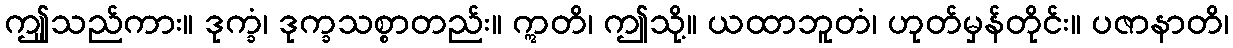
ဤူသည်ကား။ ဒုက္ခံ၊ ဒုက္ခသစ္စာတည်း။ ဣတိ၊ ဤသို့။ ယထာဘူတံ၊ ဟုတ်မှန်တိုင်း။ ပဇာနာတိ၊